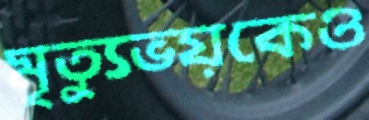
মৃত্যুভয়কেও